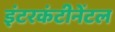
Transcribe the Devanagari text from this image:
इंटरकंटीनेंटल